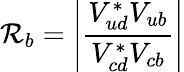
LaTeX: \mathcal{R}_{b}=\left|\frac{{V_{ud}^{*}V_{ub}}}{{V_{cd}^{*}V_{cb}}}\right|